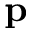
\mathbf p